Code of medical and sanitary regulations for the guidance of medical officers serving in the Madras Presidency - Volume I
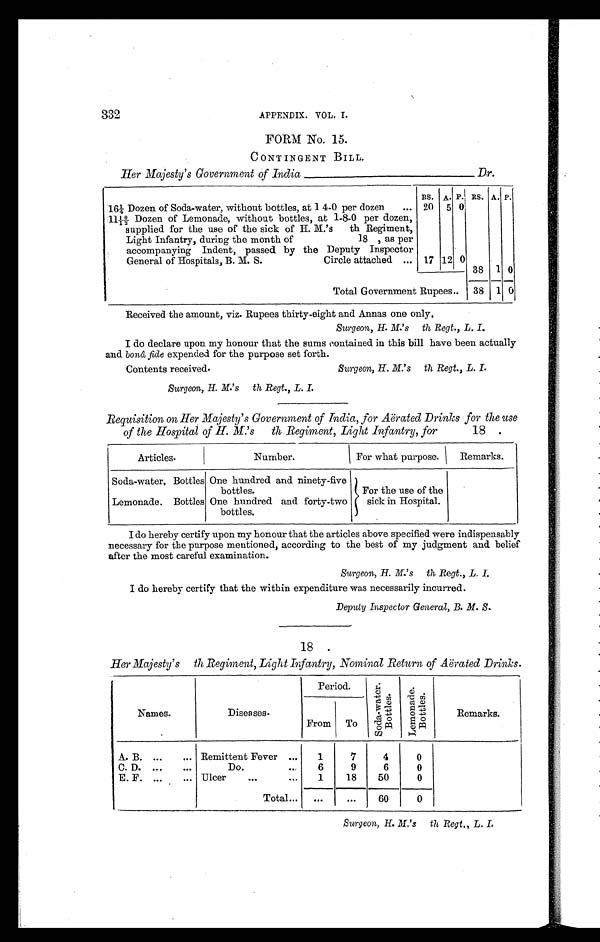
APPENDIX. VOL. I.
FORM No. 15.
CONTINGENT BILL.
Her Majesty's Government of India
Dr.
16¼ Dozen of Soda-water, without bottles, at 1 4-0 per dozen
...
RS. A. P . RS. A. P.
20 5 0
1 1 1 0 / 1 2 D o z e n o f L e m o n a d e , w i t h o u t b o t t l e s , a t 1 - 8 - 0 p e r d o z e n ,
supplied for the use of the sick of H. M.'s th Regiment,
Light Infantry, during the month of
18 , as per
accompanying Indent, passed by the Deputy Inspector
General of Hospitals, B. M. S.
Circle attached ... 17 12 0
38 1 0
Total Government Rupees.. 38 1 0
Received the amount, viz. Rupees thirty-eight and Annas one only.
Surgeon, H. M.'s th Regt., L. I.
I do declare upon my honour that the sums contained in this bill have been actually
and bonâ fide expended for the purpose set forth.
Contents received.
Surgeon, H. M.'s th Regt., L. I.
Surgeon, H. M.'s th Regt., L. I.
Requisition on Her Majesty's Government of India, for Aërated Drinks for the use
of the Hospital of H. M.'s th Regiment, Light Infantry, for
18 .
Articles.
Number.
For what purpose. Remarks.
Soda-water, Bottles One hundred and ninety-five
bottles.
For the use of the
sick in Hospital.
Lemonade. Bottles One hundred and forty-two
bottles.
I do hereby certify upon my honour that the articles above specified were indispensably
necessary for the purpose mentioned, according to the best of my judgment and belief
after the most careful examination.
Surgeon, H. M.'s th Regt., L. I.
I do hereby certify that the within expenditure was necessarily incurred.
Deputy Inspector General, B. M. S.
18 .
Her Majesty's th Regiment, Light Infantry, Nominal Return of Aërated Drinks.
Names.
Diseases.
Period.
S o d a w a t e r B o t t l e s .
L e m o n a d e B o t t l e s .
Remarks.
From To
A. B. ...
... Remittent Fever ...
1
7
4
0
C. D. ...
. . .
Do.
...
6
9
6
0
E. F. ...
... Ulcer
...
. . . 1
18
50
0
Total... ...
. . .
60
0
Surgeon, H. M.'s th Regt., L. I.
332